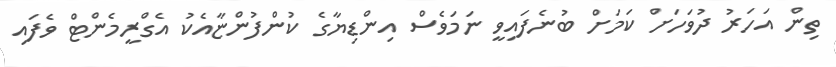
ތިން އަހަރު ދުވަހަށް ކަމަށް ބުނެފައިވީ ނަމަވެސް އިންޑިޔާގެ ކުންފުންޏާއެކު އެގްރީމެންޓް ވެފައި